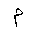
Letter: _mim